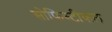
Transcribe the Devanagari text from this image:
सोफिस्टीकल